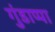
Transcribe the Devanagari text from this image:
गुंडाप्पा